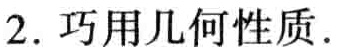
2. 巧用几何性质.